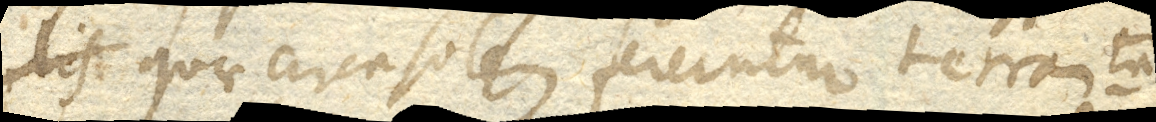
quae circa solem feruntur terram tam